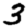
Digit: 3